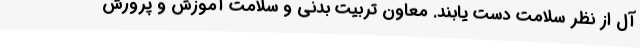
آل از نظر سلامت دست یابند. معاون تربیت بدنی و سلامت آموزش و پرورش